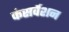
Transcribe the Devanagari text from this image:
कंसर्वेशन